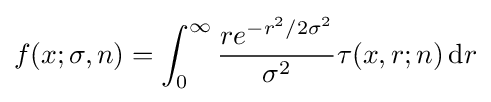
f(x;\sigma ,n)=\int _{0}^{\infty }{\frac {re^{-r^{2}/2\sigma ^{2}}}{\sigma ^{2}}}\tau (x,r;n)\,\mathrm {d} r